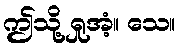
ဤသို့ ရှုအံ့။ သေ။